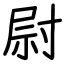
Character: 尉